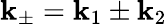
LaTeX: \mathbf{k}_{\pm}=\mathbf{k}_{1}\pm\mathbf{k}_{2}